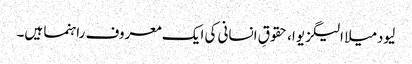
لیودمیلا الیگزیوا، حقوقِ انسانی کی ایک معروف راہنما ہیں۔